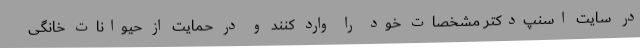
در سایت اسنپ‌دکتر مشخصات خود را وارد کنند و در حمایت از حیوانات خانگی